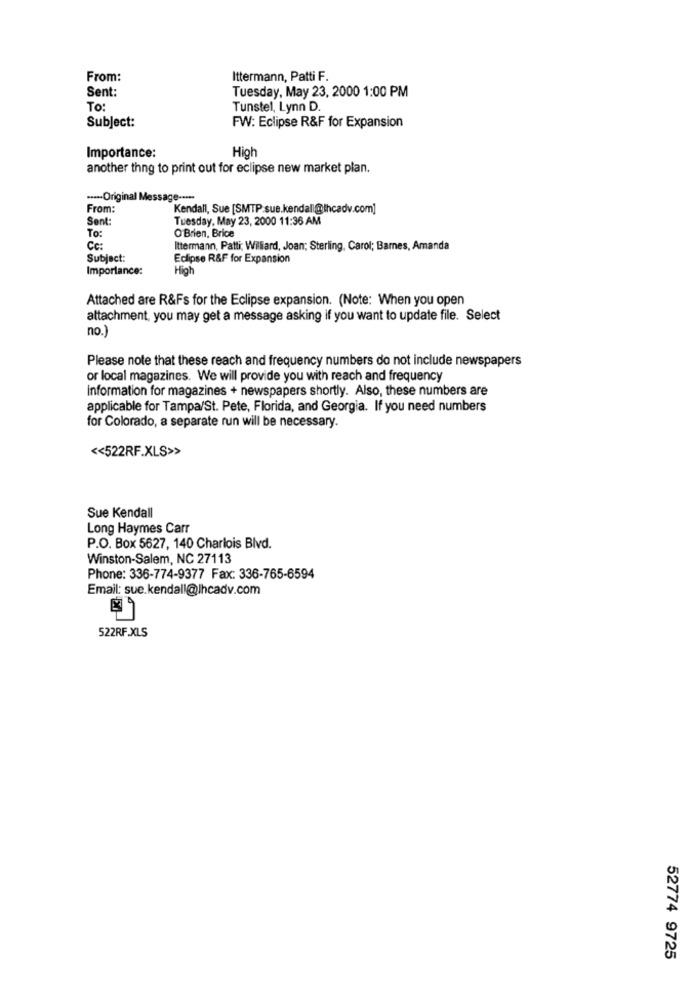
From:
Ittermann, Patti F.
Sent:
Tuesday, May 23, 2000 1:00 PM
To:
Tunstel, Lynn D.
Subject:
FW: Eclipse R&F for Expansion
Importance:
High
another thng to print out for eclipse new market plan.
..--- Original Message -....
From:
Kendall, Sue [SMTP:sue.kendall@thcadv.com]
Sent:
Tuesday, May 23, 2000 11:36 AM
To:
O'Brien, Brice
Cc:
Ittermann, Patti; Williard, Joan; Sterling, Carol; Barnes, Amanda
Subject:
Eclipse R&F for Expansion
Importance:
High
Attached are R&Fs for the Eclipse expansion. (Note: When you open
attachment, you may get a message asking if you want to update file. Select
no.)
Please note that these reach and frequency numbers do not include newspapers
or local magazines. We will provide you with reach and frequency
Information for magazines + newspapers shortly. Also, these numbers are
applicable for Tampa/St. Pete, Florida, and Georgia. If you need numbers
for Colorado, a separate run will be necessary.
<< 522RF.XLS>>
Sue Kendall
Long Haymes Carr
P.O. Box 5627, 140 Charlois Blvd.
Winston-Salem, NC 27113
Phone: 336-774-9377 Fax: 336-765-6594
Email: sue.kendall@lhcadv.com
522RF.XLS
52774 9725